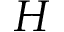
H